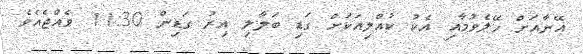
އޭނާއަށް ހޭލެވުމާއި އެކު ކުއްލިއަކަށް ގަޑި ބަލާލި އިރު ގަޑިން 11:30 ވެއްޖެއެވެ